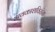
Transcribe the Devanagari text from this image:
अवकाशविरांना